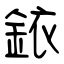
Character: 銥